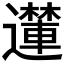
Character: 𮟝